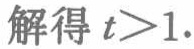
解得 \(t>1.\)